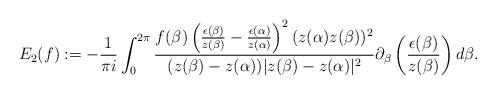
LaTeX: \begin{align*}E_{2}(f):=-\frac{1}{\pi i}\int_{0}^{2\pi}\frac{f(\beta)\left(\frac{\epsilon(\beta)}{z(\beta)}-\frac{\epsilon(\alpha)}{z(\alpha)}\right)^{2}(z(\alpha)z(\beta))^{2}}{(z(\beta)-z(\alpha))|z(\beta)-z(\alpha)|^{2}}\partial_{\beta}\left(\frac{\epsilon(\beta)}{z(\beta)}\right)d\beta.\end{align*}